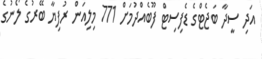
އަދި ސީދާ ބަޖެޓްގެ ޑެފިސިޓް ފޫބެއްދުމަށް 771 މިލިއަން ރުފިޔާ ބޭރުގެ ލޯނުގެ